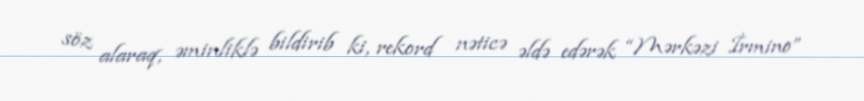
söz alaraq, əminliklə bildirib ki, rekord nəticə əldə edərək “Mərkəzi İrmino”